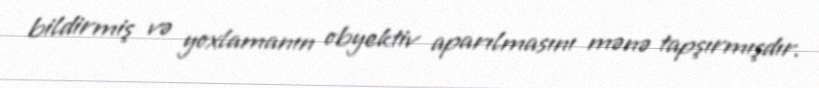
bildirmiş və yoxlamanın obyektiv aparılmasını mənə tapşırmışdır.